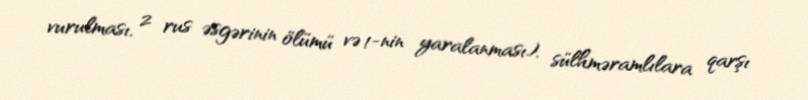
vurulması, 2 rus əsgərinin ölümü və 1-nin yaralanması), sülhməramlılara qarşı